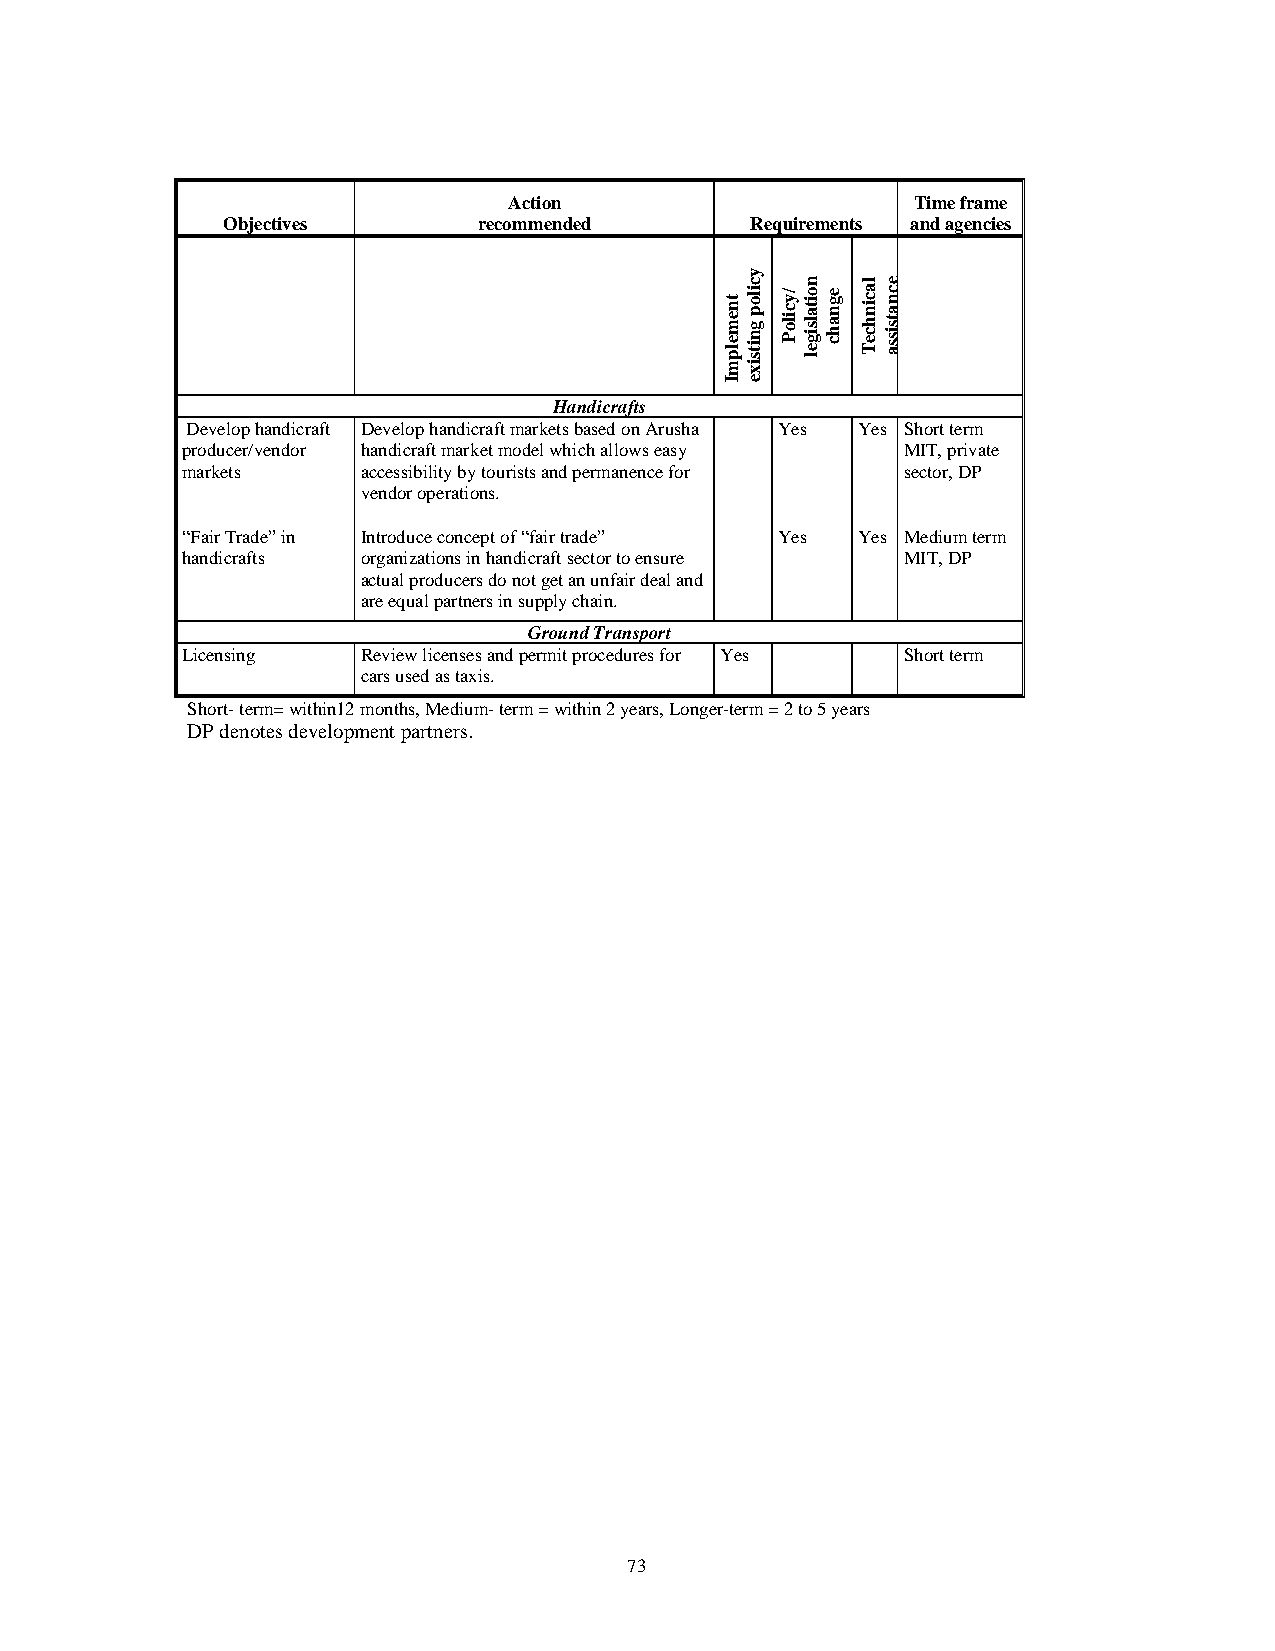
Action                    Time frame
 Objectives       recommended       Requirements and agencies
 Handicrafts
 Develop handicraft Develop handicraft markets based on Arusha Yes Yes Short term
 producer/vendor handicraft market model which allows easy MIT, private
 markets     accessibility by tourists and permanence for sector, DP
 vendor operations.
 “Fair Trade” in Introduce concept of “fair trade” Yes Yes Medium term
 handicrafts organizations in handicraft sector to ensure MIT, DP
 actual producers do not get an unfair deal and
 are equal partners in supply chain.
 Ground Transport
 Licensing   Review licenses and permit procedures for Yes Short term
 cars used as taxis.
 Short- term= within12 months, Medium- term = within 2 years, Longer-term = 2 to 5 years
 DP denotes development partners.
 73
 tnemelpmI
 ycilop
 gnitsixe
 /yciloP
 noitalsigel
 egnahc
 lacinhceT ecnatsissa